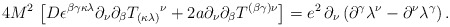
\begin{align*}{4M^{2}}\,\left[ D\epsilon ^{\beta \gamma \kappa \lambda }\partial_{\nu }{\partial _{\beta }}T_{(\kappa \lambda )}{}^{\nu}+2a\partial _{\nu }{\partial _{\beta }}T^{(\beta \gamma )\nu }\right] =e^2\,\partial _{\nu }\left( {\partial }^{\gamma }\lambda ^{\nu }-{\partial }^{\nu }\lambda ^{\gamma}\right). \end{align*}